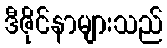
ဒီဇိုင်နာများသည်